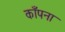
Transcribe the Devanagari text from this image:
काँपना